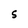
Character: s